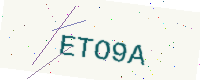
Text: ETO9A